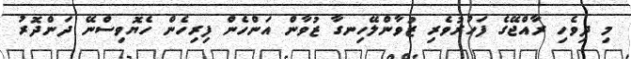
މި ދިވެހި ރާއްޖޭގެ ފަހުރުވެރި ޒުވާންލޭހިނގާ ޒުވާން އަންހެން ފިރިހެން ހެޔޮވިސްނޭ ދަންދޮރު